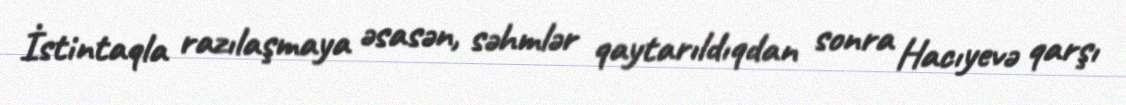
İstintaqla razılaşmaya əsasən, səhmlər qaytarıldıqdan sonra Hacıyevə qarşı